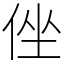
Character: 侳